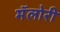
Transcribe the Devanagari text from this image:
मॅलोरी